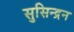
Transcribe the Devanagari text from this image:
सुसिन्द्रन